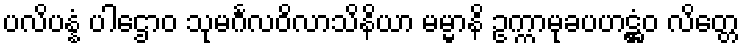
ပလိပန္နံ ပါဌောဝ သုမင်္ဂလဝိလာသိနိယာ မမ္မာနိ ဥက္ကာမုခပဟဋ္ဌံဝ လိတ္တေ